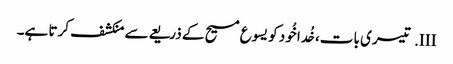
III.	تیسری بات، خُدا خُود کو یسوع مسیح کے ذریعےسے منکشف کرتا ہے۔